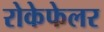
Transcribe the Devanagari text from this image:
रोकेफेलर